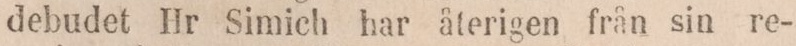
debudet Hr Simich har återigen från sin re-